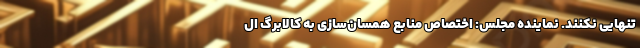
تنهایی نکنند. نماینده مجلس: اختصاص منابع همسان‌سازی به کالابرگ ال